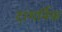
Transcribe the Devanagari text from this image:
दाशर्निक